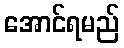
အောင်ရမည်